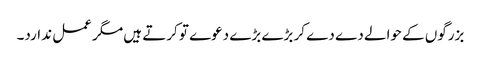
بزرگوں کے حوالے دے دے کر بڑے بڑے دعوے تو کرتے ہیں مگر عمل ندارد۔